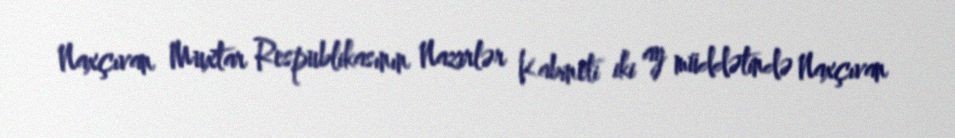
Naxçıvan Muxtar Respublikasının Nazirlər Kabineti iki ay müddətində Naxçıvan